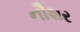
નૌશર